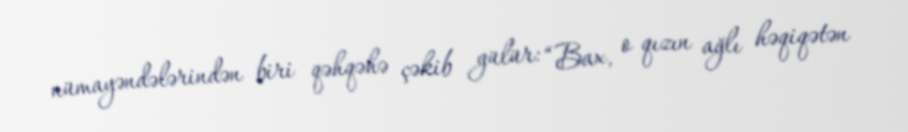
nümayəndələrindən biri qəhqəhə çəkib gülür: “Bax, o qızın ağlı həqiqətən